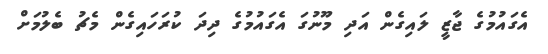
އެގައުމުގެ ޖާޒީ ލައިގެން އަދި މޫނުގަ އެގައުމުގެ ދިދަ ކުރަހައިގެން މެޗު ބެލުމަށް